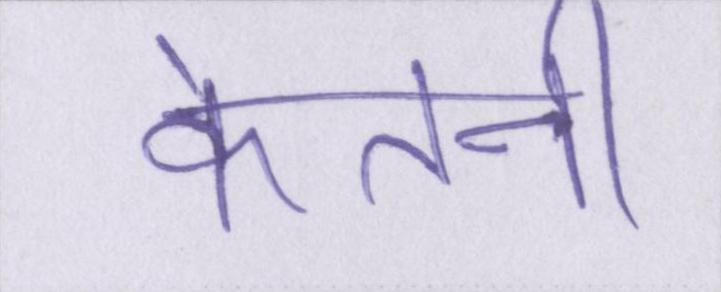
केतनी